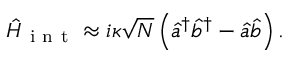
\hat { H } _ { \mathrm { ~ i ~ n ~ t ~ } } \approx i \kappa \sqrt { N } \left( \hat { a } ^ { \dagger } \hat { b } ^ { \dagger } - \hat { a } \hat { b } \right) .